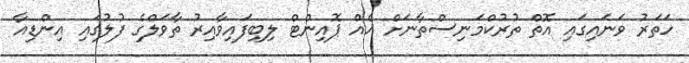
ހަތަރު ވަނައިގައި އޮތް ތުރުކްމަނިސްތާނަށް އެއް ޕޮއިންޓް ލިބިފައިވާއިރު ތާވަލްގެ ފުލުގައި އިންޑިއާ